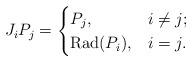
LaTeX: \begin{align*}J_iP_j=\begin{cases}P_j,& i\neq j;\\\mathrm{Rad}(P_i), & i=j.\end{cases}\end{align*}